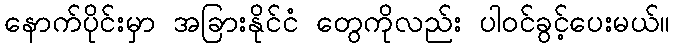
နောက်ပိုင်းမှာ အခြားနိုင်ငံ တွေကိုလည်း ပါဝင်ခွင့်ပေးမယ်။